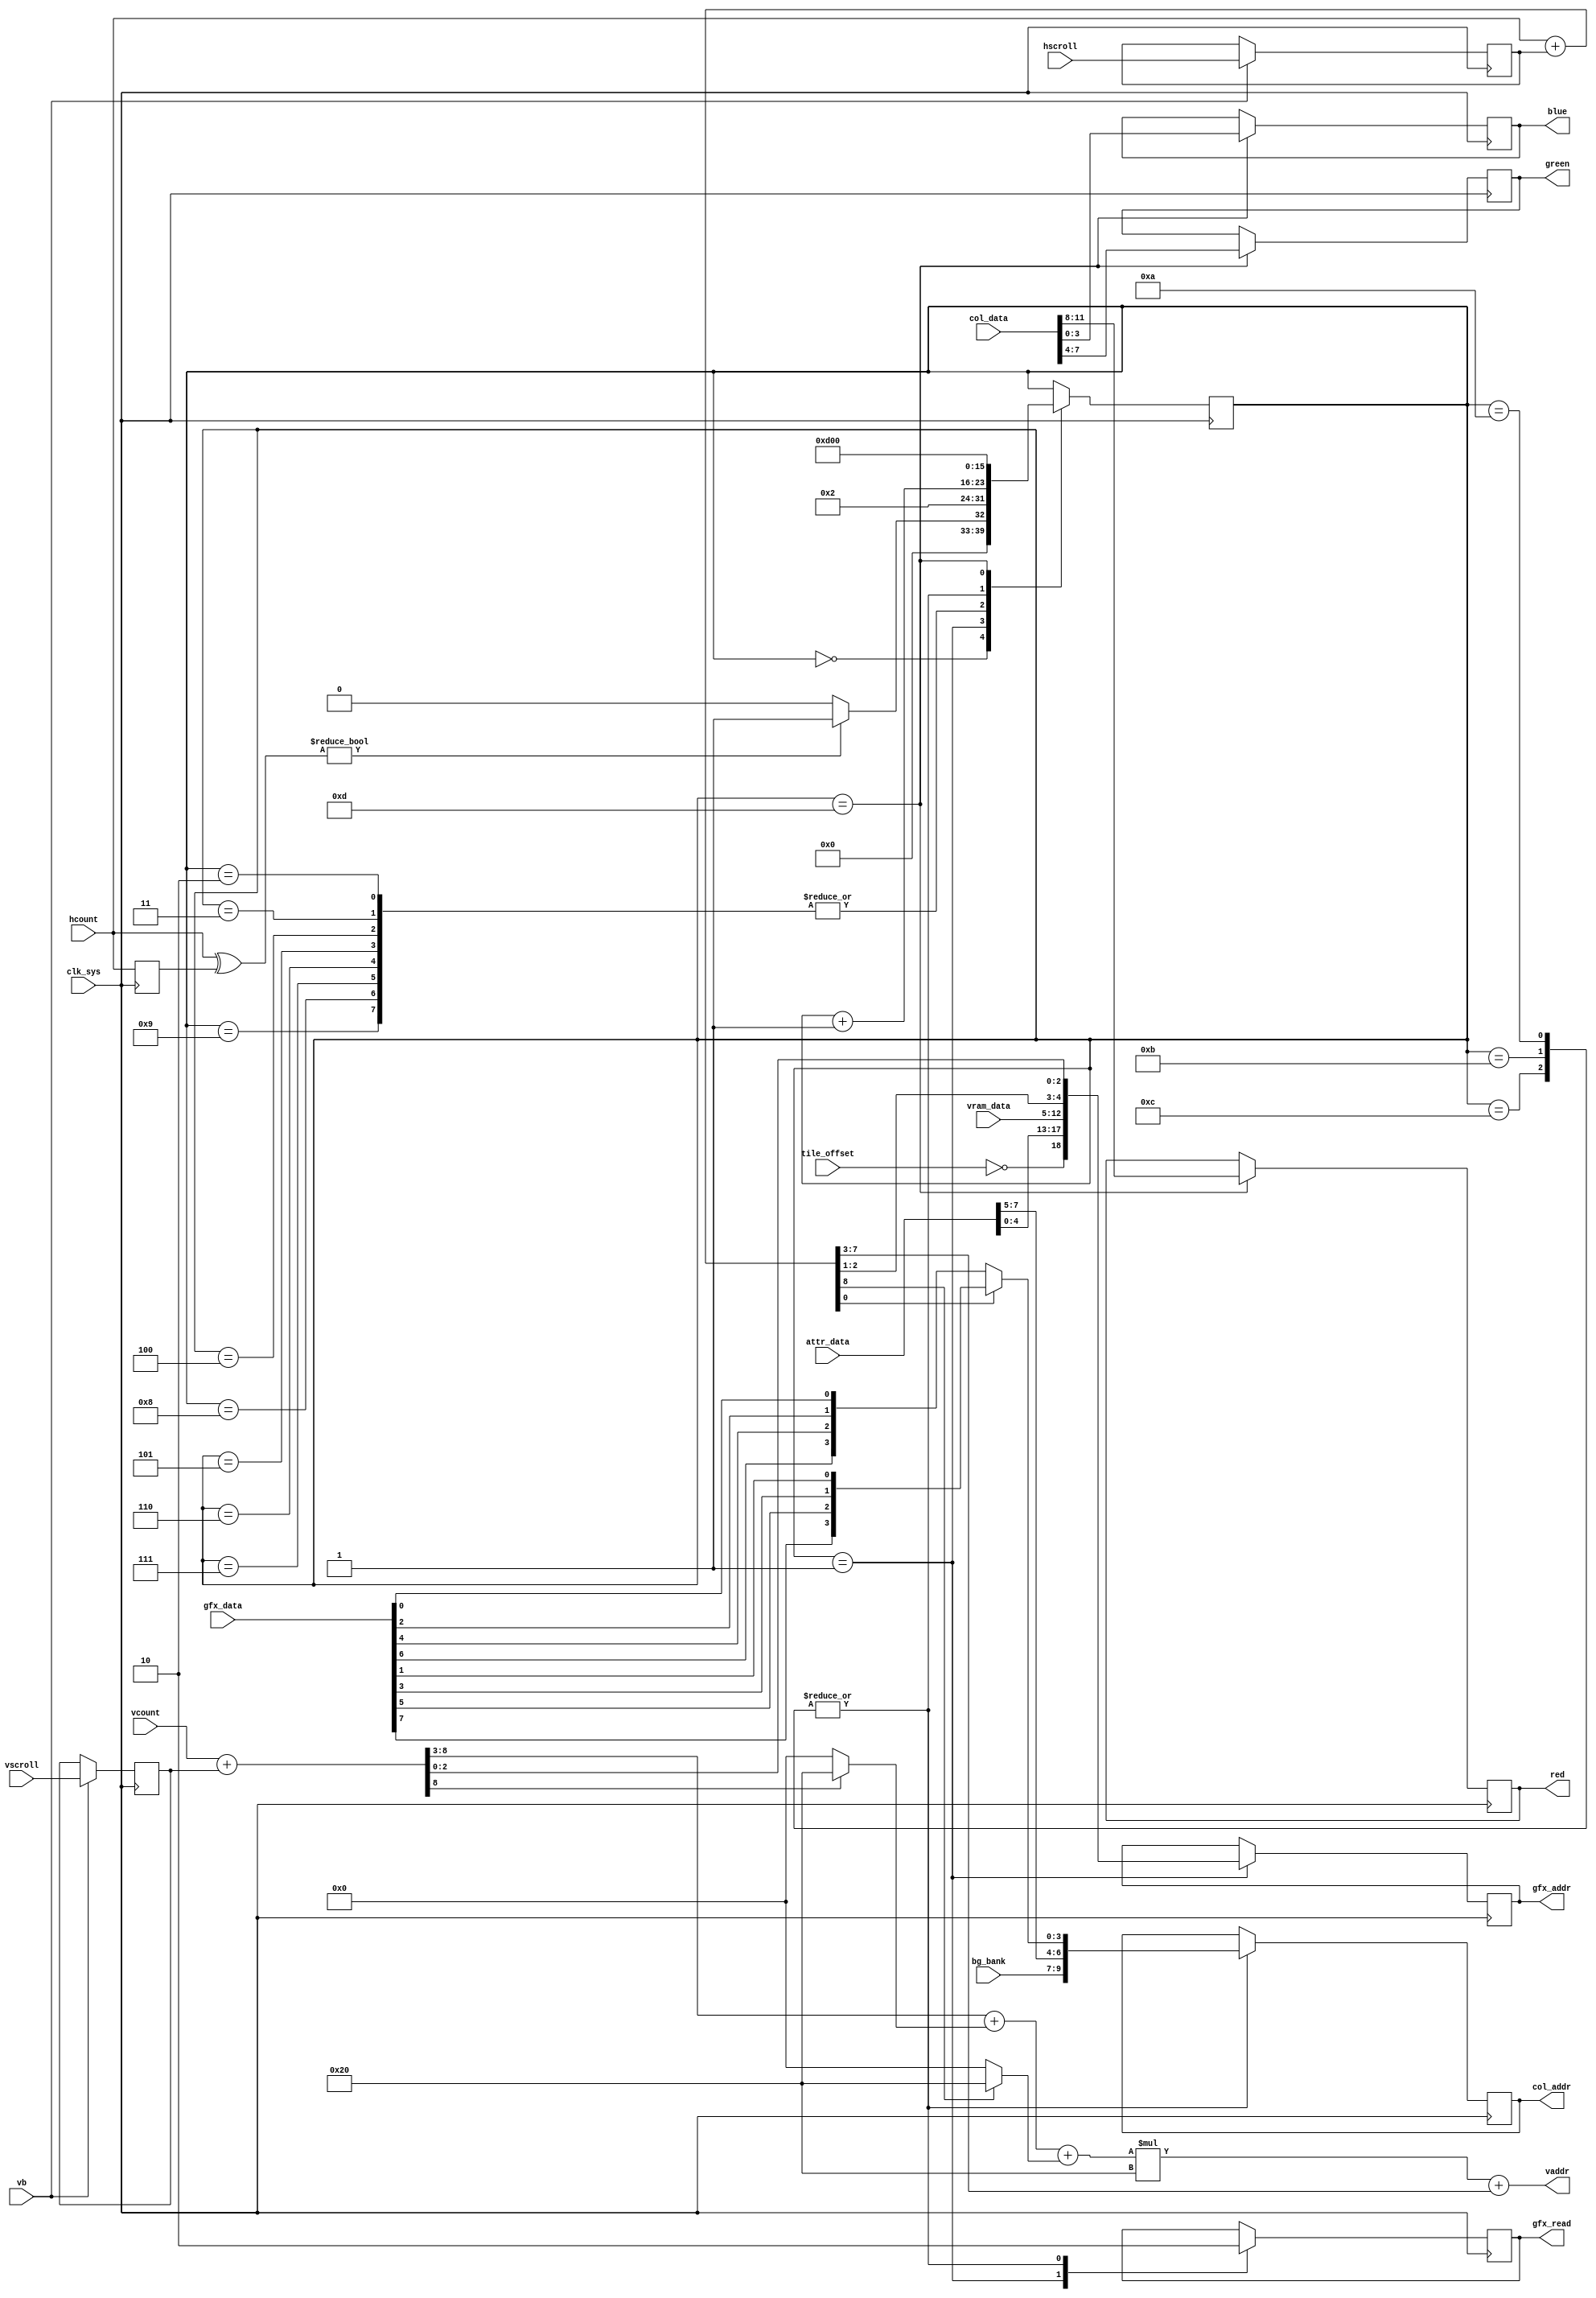

module vball_bg(
  input clk_sys,

  output [11:0] vaddr,
  input [7:0] vram_data,
  input [7:0] attr_data,

  output reg [3:0] red,
  output reg [3:0] green,
  output reg [3:0] blue,

  output reg [18:0] gfx_addr,
  input [7:0] gfx_data,
  output reg gfx_read,

  output reg [9:0] col_addr,
  input [11:0] col_data,

  input [2:0] bg_bank,
  input tile_offset,
  input [8:0] hcount,
  input [8:0] vcount,
  input [8:0] hscroll,
  input [8:0] vscroll,
  input vb

);

reg [8:0] hscr, vscr;
always @(posedge clk_sys)
  if (vb) begin
    hscr <= hscroll;
    vscr <= vscroll;
  end

wire [8:0] ph = hcount + hscr;
wire [8:0] pv = vcount + vscr;

wire [5:0] ty = pv[8:3];
wire [5:0] tx = ph[8:3];
wire [6:0] y1 = ty[5] ? 7'd32 : 0;
wire [6:0] y2 = tx[5] ? 7'd32 : 0;
assign vaddr = (ty+y1+y2)*32 + tx[4:0];

wire [3:0] pxl1 = { gfx_data[6], gfx_data[4], gfx_data[2], gfx_data[0] };
wire [3:0] pxl2 = { gfx_data[7], gfx_data[5], gfx_data[3], gfx_data[1] };

reg [8:0] hlatch;
reg [7:0] state;
always @(posedge clk_sys) begin
  hlatch <= hcount;
  case (state)
    8'd0: state <= hcount ^ hlatch ? 8'd1 : 8'd0;
    8'd1: begin
      gfx_addr <= { ~tile_offset, attr_data[4:0], vram_data, ph[2:1], pv[2:0] };
      gfx_read <= 1'b1;
      state <= 8'd2;
    end
    8'd2, 8'd3, 8'd4, 8'd5, 8'd6, 8'd7, 8'd8, 8'd9: state <= state + 8'd1;
    8'd10, 8'd11, 8'd12: begin
      col_addr <= { bg_bank, attr_data[7:5], ph[0] ? pxl2 : pxl1 };
      gfx_read <= 1'b0;
      state <= 8'd13;
    end
    8'd13: begin
      { red, green, blue } <= col_data;
      state <= 8'd0;
    end
  endcase
end

endmodule